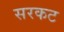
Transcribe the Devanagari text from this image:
सरकट